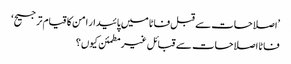
’اصلاحات سے قبل فاٹا میں پائیدار امن کا قیام ترجیح‘
فاٹا اصلاحات سے قبائل غیرمطمئن کیوں؟